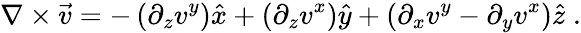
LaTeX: \nabla\times\vec{v}=-\left(\partial_{z}{v^{y}}\right)\hat{x}+\left(\partial_{z}{v^{x}}\right)\hat{y}+\left(\partial_{x}{v^{y}}-\partial_{y}{v^{x}}\right)\hat{z}\; .